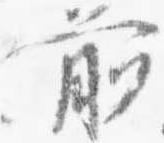
前